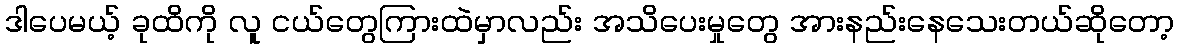
ဒါပေမယ့် ခုထိကို လူ ငယ်တွေကြားထဲမှာလည်း အသိပေးမှုတွေ အားနည်းနေသေးတယ်ဆိုတော့